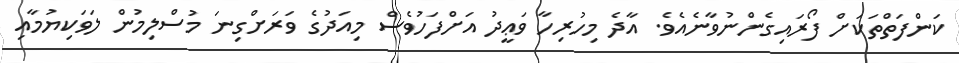
ކަންފަތްތަކަށް ފޯރައިގެންނުވާނެއެވެ. އާދެ މިހުރިހާ ވަޢީދު އަށްފަހުވެސް މިއަދުގެ ވަރަށްގިނަ މުސްލިމުން ލަވަކިޔުމާއި